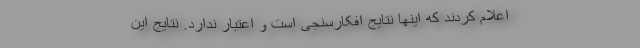
اعلام کردند که اینها نتایج افکارسنجی است و اعتبار ندارد. نتایج این